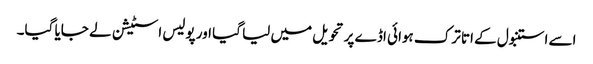
اسے استنبول کے اتا ترک ہوائی اڈے پر تحویل میں لیا گیا اور پولیس اسٹیشن لے جایا گیا۔